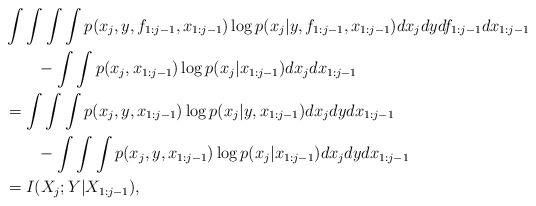
LaTeX: \begin{align*}&\int\int\int\int p(x_j,y,f_{1:j-1},x_{1:j-1})\log p(x_j|y,f_{1:j-1},x_{1:j-1})dx_jdyd f_{1:j-1}dx_{1:j-1}\\&\qquad-\int\int p(x_j,x_{1:j-1})\log p(x_j|x_{1:j-1})dx_j dx_{1:j-1}\\&= \int\int\int p(x_j,y,x_{1:j-1})\log p(x_j|y,x_{1:j-1})dx_jdydx_{1:j-1}\\&\qquad-\int\int\int p(x_j,y,x_{1:j-1})\log p(x_j|x_{1:j-1})dx_j dy dx_{1:j-1}\\&=I(X_j;Y|X_{1:j-1}),\end{align*}